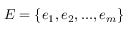
E = \{ e _ { 1 } , e _ { 2 } , . . . , e _ { m } \}